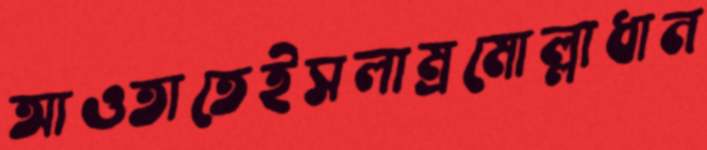
আওতাতেইসলাম্রমোল্লাধান